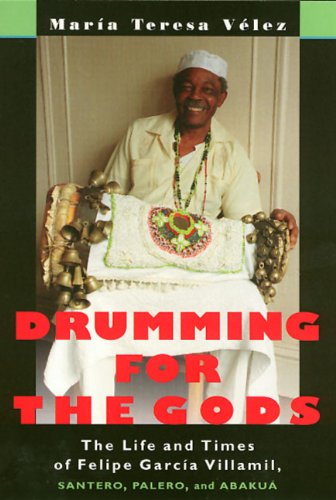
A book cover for Drumming For The Gods (Studies In Latin America & Car); Maria Velez; Biographies & Memoirs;